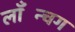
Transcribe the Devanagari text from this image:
लाँन्चिंग